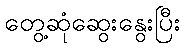
တွေ့ဆုံဆွေးနွေးပြီး